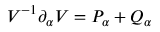
V ^ { - 1 } \partial _ { \alpha } V = P _ { \alpha } + Q _ { \alpha }